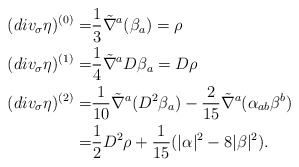
\begin{align*}(div_{\sigma} \eta)^{(0)}=&\frac{1}{3}\tilde{\nabla}^a(\beta_a)=\rho \\(div_{\sigma} \eta)^{(1)}=&\frac{1}{4} \tilde{\nabla}^a D \beta_a = D \rho \\(div_{\sigma} \eta)^{(2)}=&\frac{1}{10} \tilde{\nabla}^a (D^2 \beta_a ) -\frac{2}{15}\tilde{\nabla}^a ( \alpha_{ab} \beta^b)\\=&\frac{1}{2} D^2\rho+\frac{1}{15}( |\alpha|^2- 8 |\beta|^2).\end{align*}